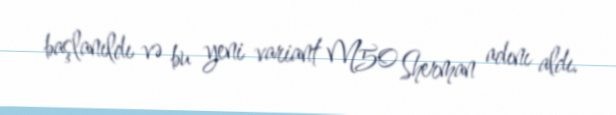
başlanıldı və bu yeni variant M50 Sherman adını aldı.